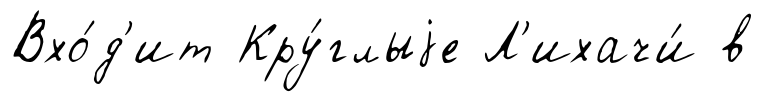
Вхо́д'ит Кру́глыjе Л'ихачи́ в